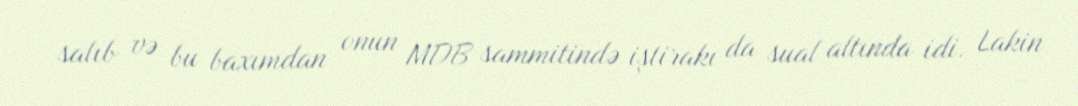
salıb və bu baxımdan onun MDB sammitində iştirakı da sual altında idi. Lakin